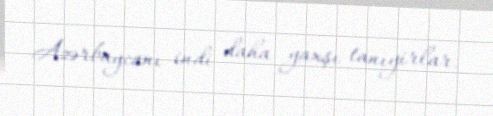
Azərbaycanı indi daha yaxşı tanıyirlar.